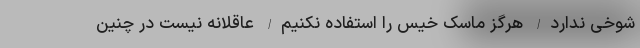
شوخی ندارد/ هرگز ماسک خیس را استفاده نکنیم/ عاقلانه نیست در چنین